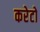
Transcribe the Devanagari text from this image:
करेटो